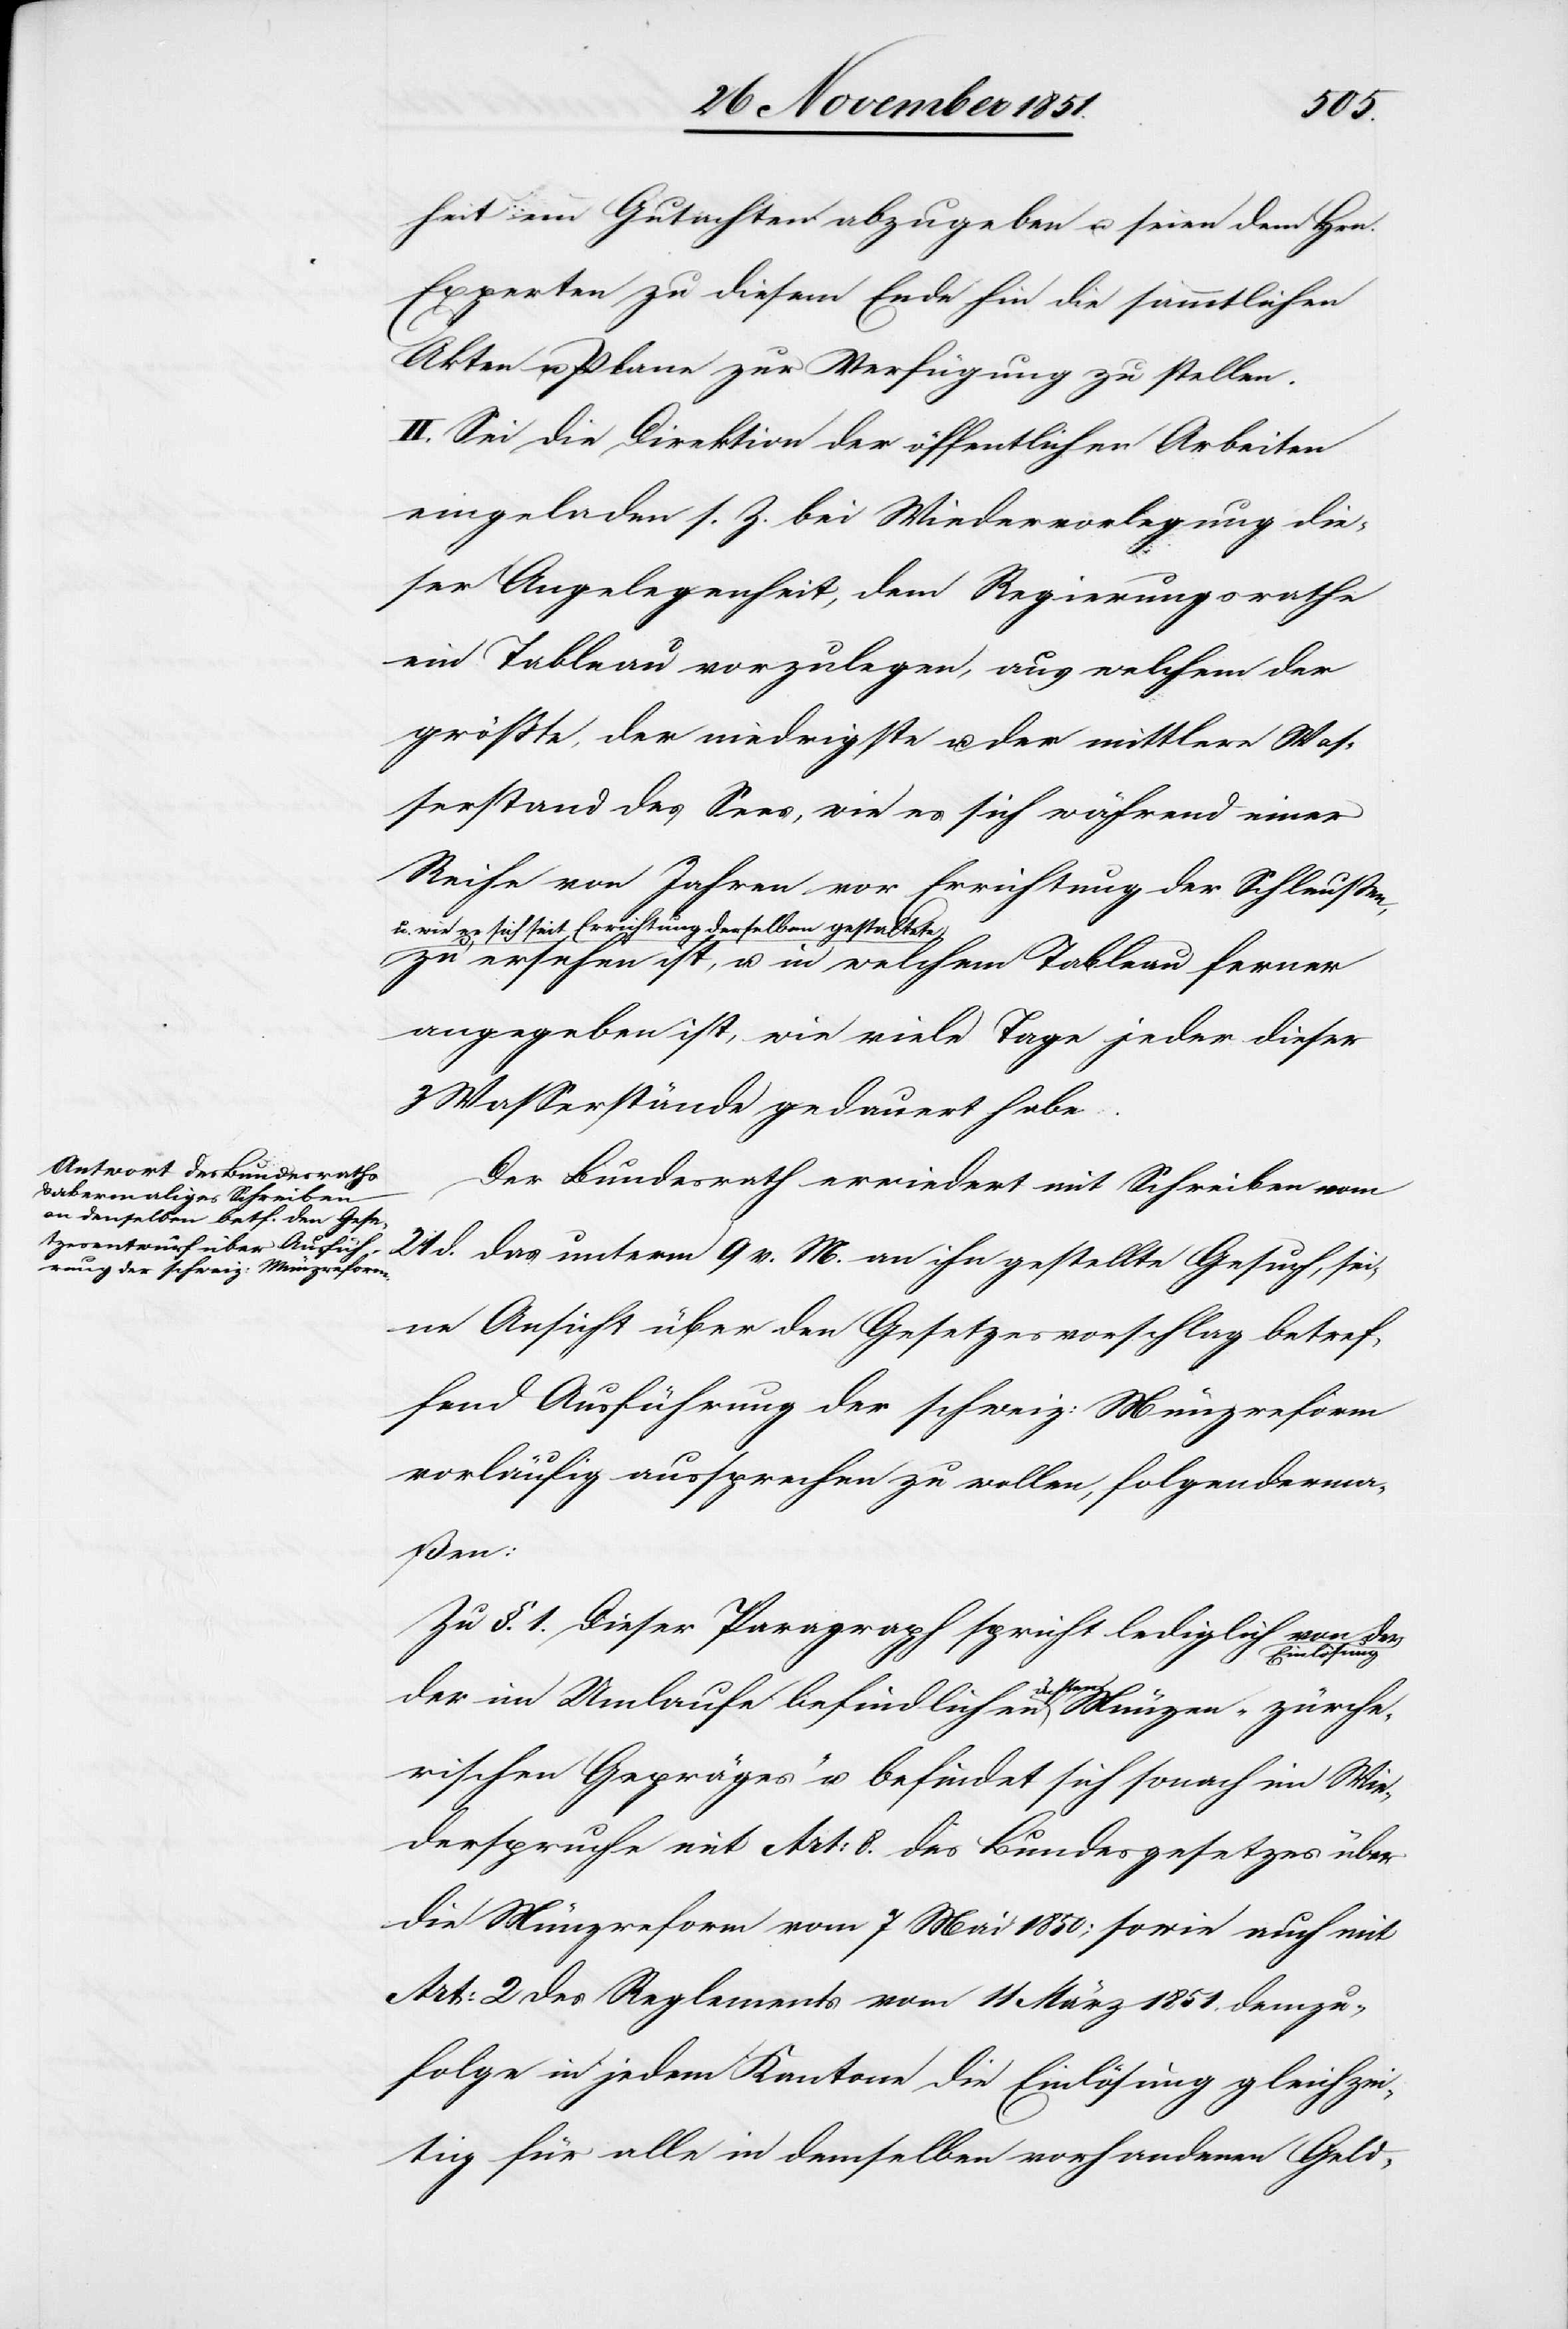
heit ein Gutachten abzugeben u. seien dem Hrn.
Experten zu diesem Ende hin die sämmtlichen
Akten u. Plane zur Verfügung zu stellen.
II. Sei die Direktion der öffentlichen Arbeiten
eingeladen s. Z. bei Wiedervorlegung die¬
ser Angelegenheit, dem Regierungsrathe
ein Tableau vorzulegen, aus welchem der
größte, der niedrigste u. der mittlere Was¬
serstand des Sees, wie es sich während einer
Reihe von Jahren vor Errichtung der Schleußen,
u. wie es sich seit Errichtung derselben gestaltete
zu ersehen ist, u. in welchem Tableau ferner
angegeben ist, wie viele Tage jeder dieser
3 Wasserstände gedauert habe.
Der Bundesrath erwiedert mit Schreiben vom
21 d. das unterm 9 v. M. an ihn gestellte Gesuch, sei¬
ne Ansicht über den Gesetzesvorschlag betref¬
fend Ausführung der schweiz: Münzreform
vorläufig aussprechen zu wollen, folgenderma¬
ßen:
Zu §. 1. Dieser Paragraph spricht lediglich von der
Einlösung
der im Umlaufe befindlichen ächten Münzen „zürche¬
rischen Gepräges“ u. befindet sich sonach im Wie¬
derspruche mit Art: 8. des Bundesgesetzes über
die Münzreform vom 7 Mai 1850; sowie auch mit
Art: 2 des Reglements vom 11 März 1851. demzu¬
folge in jedem Kantone die Einlösung gleichzei¬
tig für alle in demselben vorhandenen Geld-